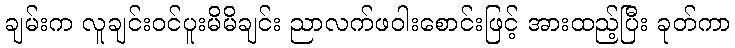
ချမ်းက လူချင်းဝင်ပူးမိမိချင်း ညာလက်ဖဝါးစောင်းဖြင့် အားထည့်ပြီး ခုတ်ကာ